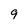
Character: 9